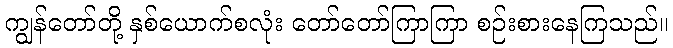
ကျွန်တော်တို့ နှစ်ယောက်စလုံး တော်တော်ကြာကြာ စဉ်းစားနေကြသည်။